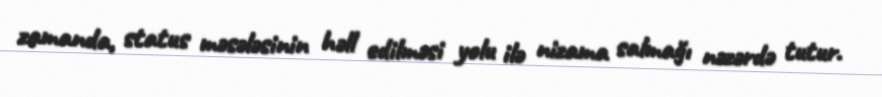
zamanda, status məsələsinin həll edilməsi yolu ilə nizama salmağı nəzərdə tutur.